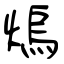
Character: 熓